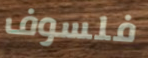
فلسوف